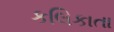
કલિકાતા